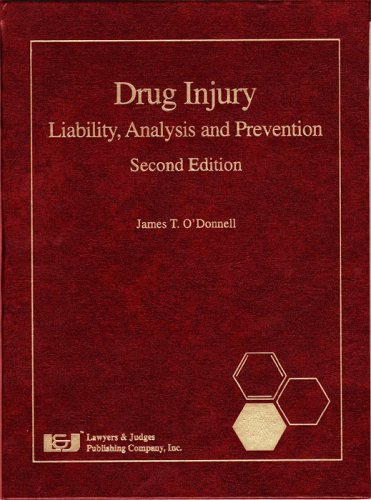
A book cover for Drug Injury: Liability, Analysis and Prevention, Second Edition; James T. O'Donnell; Law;